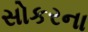
સોકરના